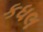
કધલ